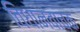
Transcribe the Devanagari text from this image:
विधानवाचक